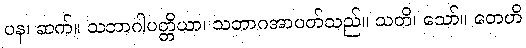
ပန၊ ဆက်။ သဘာဂါပတ္တိယာ၊ သဘာဂအာပတ်သည်။ သတိ၊ သော်။ တေဟိ